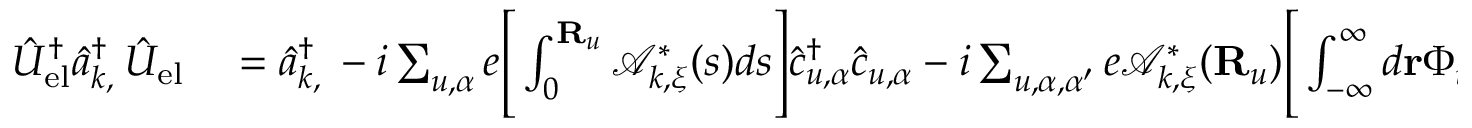
\begin{array} { r l } { \hat { U } _ { \mathrm { e l } } ^ { \dagger } \hat { a } _ { { \boldsymbol k } , { \bf \xi } } ^ { \dagger } \hat { U } _ { \mathrm { e l } } } & { { } = \hat { a } _ { { \boldsymbol k } , { \bf \xi } } ^ { \dagger } - i \sum _ { u , \alpha } e \Bigg [ \int _ { 0 } ^ { { \bf R } _ { u } } \mathcal { A } _ { { \boldsymbol k } , { \boldsymbol \xi } } ^ { * } ( s ) d s \Bigg ] \hat { c } _ { u , \alpha } ^ { \dagger } \hat { c } _ { u , \alpha } - i \sum _ { u , \alpha , \alpha ^ { \prime } } e \mathcal { A } _ { { \boldsymbol k } , { \boldsymbol \xi } } ^ { * } ( { \bf R } _ { u } ) \Bigg [ \int _ { - \infty } ^ { \infty } d { \bf r } \Phi _ { u , \alpha } ( { \bf r } ) ( { \bf r } - { \bf R } _ { u } ) \Phi _ { u , \alpha ^ { \prime } } ( { \bf r } ) \Bigg ] \hat { c } _ { u , \alpha } ^ { \dagger } \hat { c } _ { u , \alpha ^ { \prime } } } \end{array}